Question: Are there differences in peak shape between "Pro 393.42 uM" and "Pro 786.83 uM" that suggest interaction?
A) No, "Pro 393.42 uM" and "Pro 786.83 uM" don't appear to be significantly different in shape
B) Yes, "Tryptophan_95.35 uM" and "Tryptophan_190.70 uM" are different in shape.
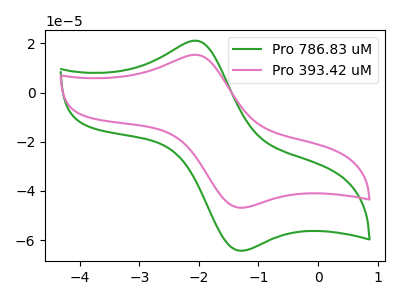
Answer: <think>The green curve "Pro 786.83 uM" has an anodic peak at (-2.05V, 21.10uA) and a cathodic peak at (-1.30V, -64.40uA). The pink curve "Pro 393.42 uM" has an anodic peak at (-2.05V, 15.35uA) and a cathodic peak at (-1.30V, -46.90uA).
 All the peaks in "Pro 393.42 uM" have a peak in "Pro 786.83 uM" at the same potential. Every peak in "Pro 393.42 uM" is lower than every peak in "Pro 786.83 uM".</think>
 <answer>A) No, "Pro 393.42 uM" and "Pro 786.83 uM" don't appear to be significantly different in shape</answer>
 <eval>A</eval>